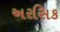
અરસિક